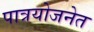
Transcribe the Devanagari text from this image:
पात्रयोजनेत